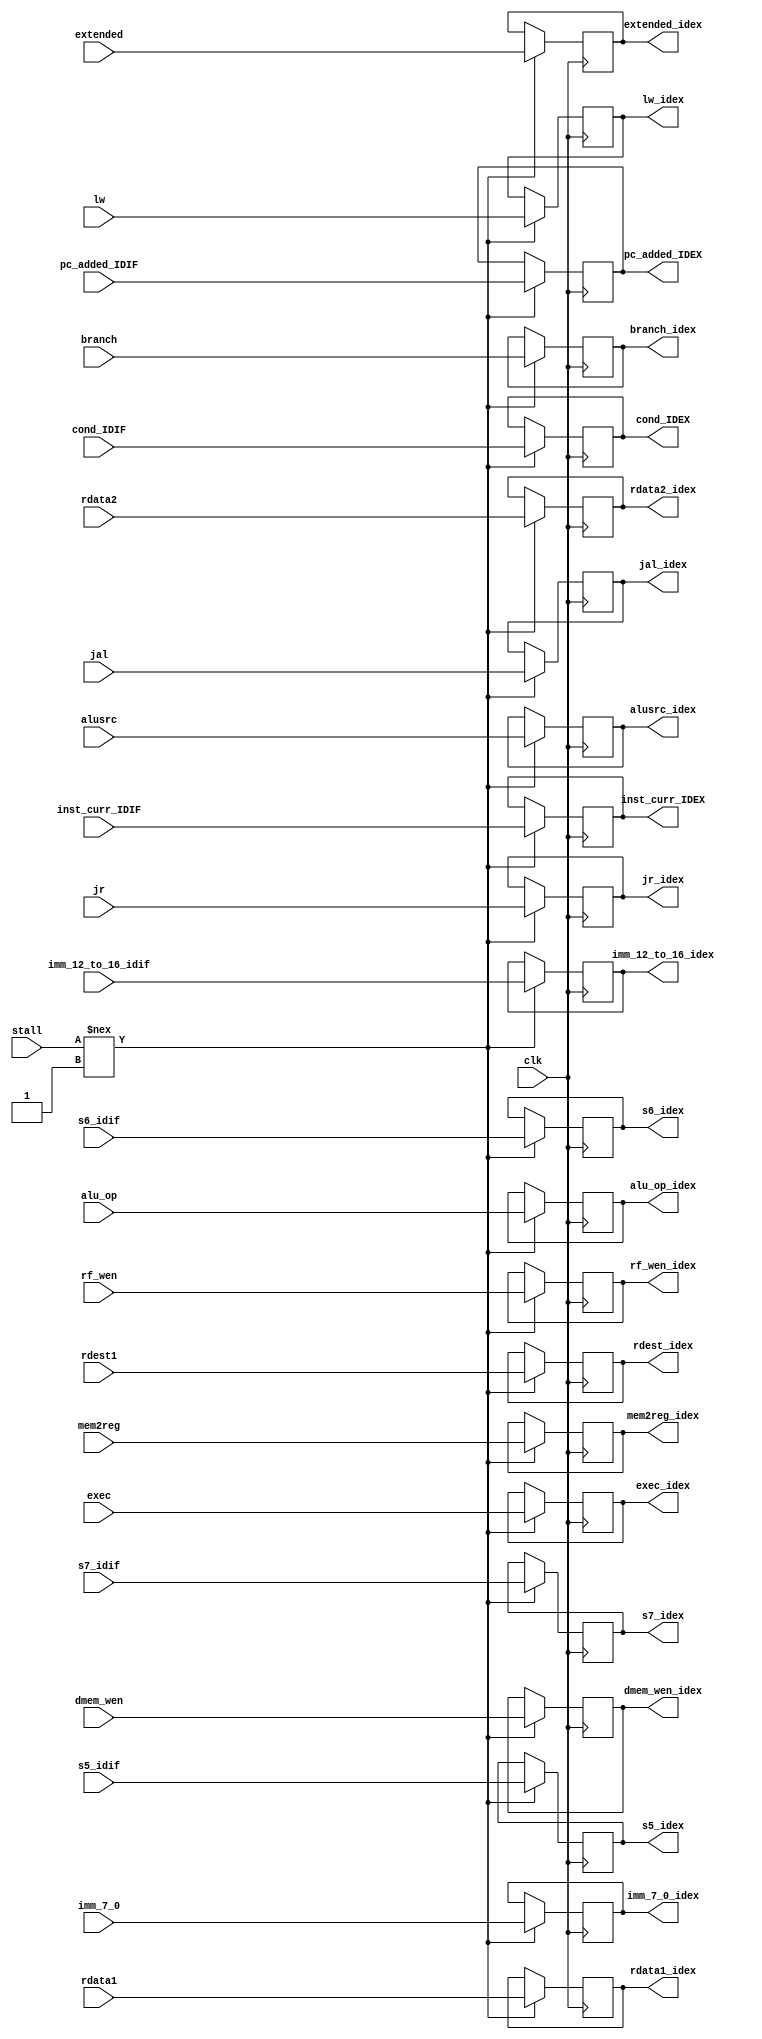
module id_ex(
clk, pc_added_IDIF, cond_IDIF, inst_curr_IDIF, 
dmem_wen, rf_wen, alu_op, 
alusrc, rdest1, branch, mem2reg, rdata1, rdata2, 
extended, imm_7_0, s5_idif, s6_idif,s7_idif, inst_curr_IDEX, dmem_wen_idex, rf_wen_idex, 
alu_op_idex, alusrc_idex, rdest_idex, branch_idex, mem2reg_idex, 
rdata1_idex, rdata2_idex, extended_idex, imm_7_0_idex, 
s5_idex, s6_idex , s7_idex, pc_added_IDEX, cond_IDEX,
jal, jal_idex,
imm_12_to_16_idif, imm_12_to_16_idex,
jr,jr_idex,
exec, exec_idex,
lw, lw_idex,
stall
);
  
  input clk;
  input [15:0] pc_added_IDIF;
  input [3:0] cond_IDIF;
  input dmem_wen;
  input rf_wen;
  input [2:0] alu_op;
  input alusrc;
  input rdest1;
  input branch;
  input mem2reg;
  input [15:0] inst_curr_IDIF;
  input [15:0] rdata1;
  input [15:0] rdata2;
  input [15:0] extended;
  input [7:0] imm_7_0;
  input s5_idif;
  input s6_idif;
  input s7_idif;
  input jal;
  input [15:0] imm_12_to_16_idif;
  input jr;
  input exec;
  input lw;
  //input [2:0] flagprev_idif;
  
  input stall;
  
  
  output dmem_wen_idex; reg dmem_wen_idex_temp;
  output rf_wen_idex; reg rf_wen_idex_temp;
  output [2:0] alu_op_idex; reg [2:0] alu_op_idex_temp;
  output alusrc_idex; reg alusrc_idex_temp;
  output rdest_idex; reg rdest_idex_temp;
  output branch_idex; reg branch_idex_temp;
  output mem2reg_idex; reg mem2reg_idex_temp;
  output [15:0] inst_curr_IDEX;
  output [15:0] rdata1_idex; 
  output [15:0] rdata2_idex;
  output [15:0] extended_idex;
  output [7:0] imm_7_0_idex;
  //output [2:0] flagprev_idex;
  output [15:0] pc_added_IDEX; reg [15:0] pc_added_IDEX_temp;
  output [3:0] cond_IDEX;  reg [3:0] cond_IDEX_temp;
  output s5_idex; reg s5_idex_temp;
  output s6_idex; reg s6_idex_temp;
  output s7_idex; reg s7_idex_temp;
  output jal_idex;
  output [15:0] imm_12_to_16_idex;
  output jr_idex;
  output exec_idex;
  output lw_idex;
  
  reg [15:0] extended_idex_temp;
  reg [7:0] imm_7_0_idex_temp;
  reg [15:0] inst_curr_IDEX_temp;
  reg [15:0] rdata1_idex_temp;
  reg [15:0] rdata2_idex_temp;
  reg jal_temp;
  reg jr_temp;
  reg [15:0] imm_12_to_16_temp;
  reg exec_temp;
  reg lw_temp;
  //reg [2:0] flagprev_temp;
    
    
    always @ (posedge clk)
        begin
        //get instruction 
        if(stall!==1'b1) begin
        dmem_wen_idex_temp <= dmem_wen;
        rf_wen_idex_temp <= rf_wen;
        alu_op_idex_temp <= alu_op;
        alusrc_idex_temp <= alusrc;
        rdest_idex_temp <= rdest1;
        branch_idex_temp <= branch;
        mem2reg_idex_temp <= mem2reg;
        rdata1_idex_temp <= rdata1;
        rdata2_idex_temp <= rdata2;
        extended_idex_temp <= extended;
        imm_7_0_idex_temp <= imm_7_0;
        //flagprev_temp <= flagprev_idif;
        pc_added_IDEX_temp <= pc_added_IDIF;
        cond_IDEX_temp <= cond_IDIF;
        s5_idex_temp <= s5_idif;
        s6_idex_temp <= s6_idif;
        s7_idex_temp <= s7_idif;
        jal_temp <= jal;
        jr_temp <= jr;
        inst_curr_IDEX_temp <= inst_curr_IDIF;
        imm_12_to_16_temp <= imm_12_to_16_idif;
        exec_temp <= exec;
        lw_temp <= lw;
        end
        end
    assign dmem_wen_idex = dmem_wen_idex_temp;
    assign rf_wen_idex = rf_wen_idex_temp;
    assign alu_op_idex = alu_op_idex_temp;
    assign alusrc_idex = alusrc_idex_temp;
    assign rdest_idex = rdest_idex_temp;
    assign branch_idex = branch_idex_temp;
    assign mem2reg_idex = mem2reg_idex_temp;
    assign rdata1_idex = rdata1_idex_temp;
    assign rdata2_idex = rdata2_idex_temp;
    assign extended_idex = extended_idex_temp;
    assign imm_7_0_idex = imm_7_0_idex_temp;
    assign s5_idex = s5_idex_temp;
    assign s6_idex = s6_idex_temp;
    assign s7_idex = s7_idex_temp;
    assign inst_curr_IDEX = inst_curr_IDEX_temp;
    //assign flagprev_idex = flagprev_temp;
    assign pc_added_IDEX = pc_added_IDEX_temp;
    assign cond_IDEX = cond_IDEX_temp; 
    assign jal_idex = jal_temp;
    assign jr_idex = jr_temp;
    assign imm_12_to_16_idex = imm_12_to_16_temp;
    assign exec_idex = exec_temp;
    assign lw_idex = lw_temp;


endmodule